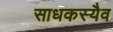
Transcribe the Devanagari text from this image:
साधकस्यैव